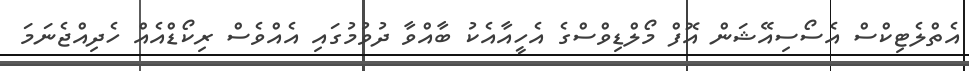
އެތްލެޓިކްސް އެސޯސިއޭޝަން އޮފް މޯލްޑިވްސްގެ އެހީއާއެކު ބާއްވާ ދުވުމުގައި އެއްވެސް ރިކޯޑްއެއް ހެދިއްޖެނަމަ